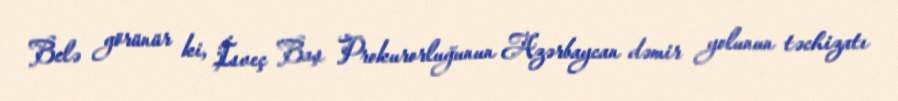
Belə görünür ki, İsveç Baş Prokurorluğunun Azərbaycan dəmir yolunun təchizatı